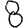
Digit: 8